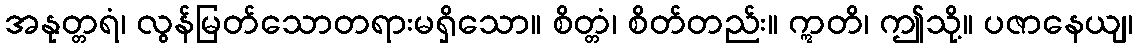
အနုတ္တရံ၊ လွန်မြတ်သောတရားမရှိသော။ စိတ္တံ၊ စိတ်တည်း။ ဣတိ၊ ဤသို့။ ပဇာနေယျ၊